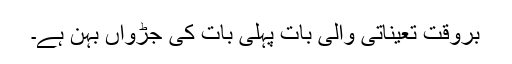
بروقت تعیناتی والی بات پہلی بات کی جڑواں بہن ہے۔